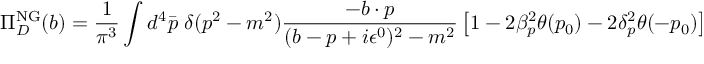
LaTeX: \Pi _ { D } ^ { \mathrm { N G } } ( b ) = \frac { 1 } { \pi ^ { 3 } } \int d ^ { 4 } \bar { p } \; \delta ( p ^ { 2 } - m ^ { 2 } ) \frac { - b \cdot p } { ( b - p + i \epsilon ^ { 0 } ) ^ { 2 } - m ^ { 2 } } \left[ 1 - 2 \beta _ { p } ^ { 2 } \theta ( p _ { 0 } ) - 2 \delta _ { p } ^ { 2 } \theta ( - p _ { 0 } ) \right]